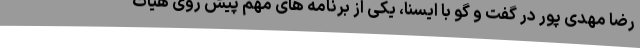
رضا مهدی پور در گفت و گو با ایسنا، یکی از برنامه های مهم پیش روی هیات